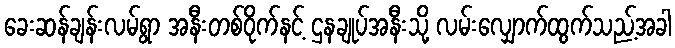
ခေးဆန်ချန်းလမ်ရွာ အနီးတစ်ဝိုက်နင့် ဌနချုပ်အနီးသို့ လမ်းလျှောက်ထွက်သည့်အခါ